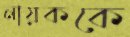
নায়ককে